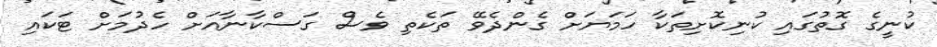
ކުނީގެ ގޮތުގައި ކުނިކޮށިތަކާ ހަމަޔަށް ގެންދެވޭ ތަކެތި ވެސް ގަސްކާނާއަށް ހެދުމަށް ޓަކައި